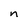
Character: n